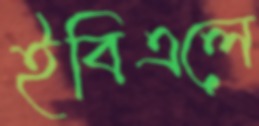
ইবিএলে